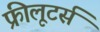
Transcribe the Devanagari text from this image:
फ्रीलूटर्स